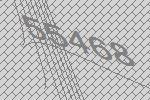
55468